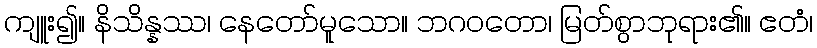
ကျူး၍။ နိသိန္နဿ၊ နေတော်မူသော။ ဘဂဝတော၊ မြတ်စွာဘုရား၏။ ဧတံ၊